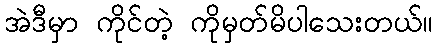
အဲဒီမှာ ကိုင်တဲ့ ကိုမှတ်မိပါသေးတယ်။